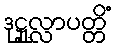
ဒုဋ္ဌုလ္လာပတ္တိံ